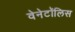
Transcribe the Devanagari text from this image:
वेनेटॉलिस